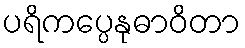
ပရိကပ္ပေနုဓာဝိတာ